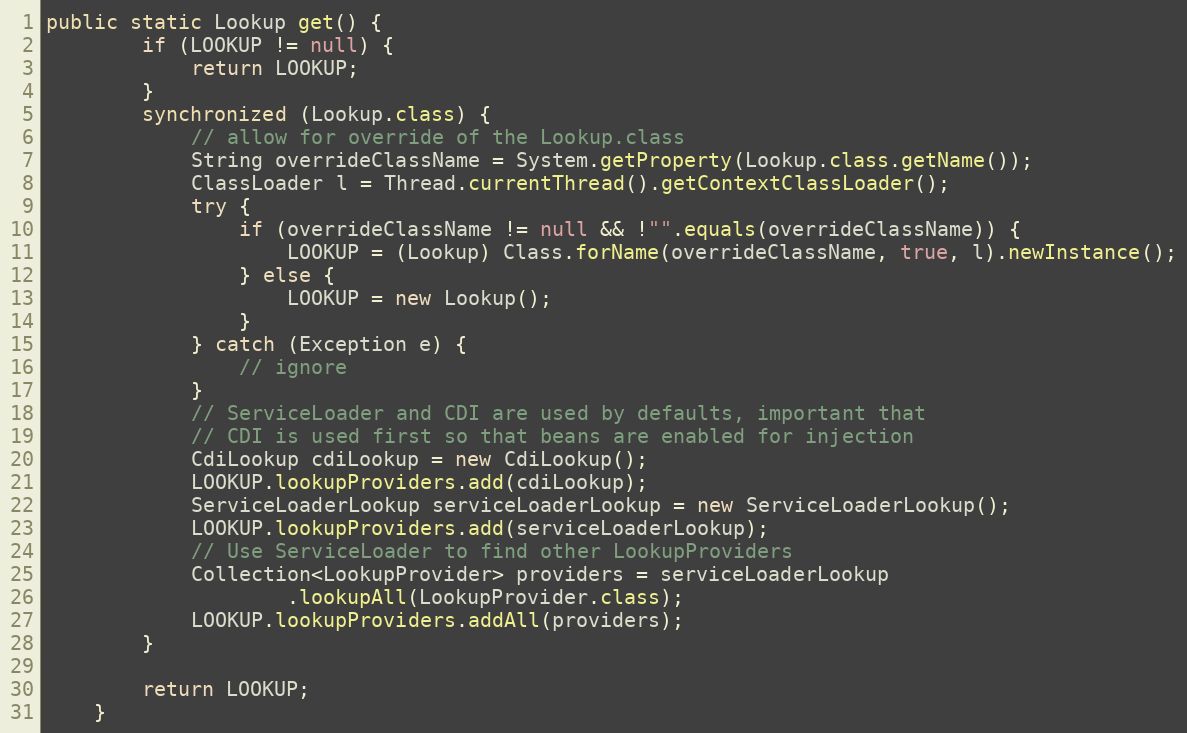
Language: Java
public static Lookup get() {
        if (LOOKUP != null) {
            return LOOKUP;
        }
        synchronized (Lookup.class) {
            // allow for override of the Lookup.class
            String overrideClassName = System.getProperty(Lookup.class.getName());
            ClassLoader l = Thread.currentThread().getContextClassLoader();
            try {
                if (overrideClassName != null && !"".equals(overrideClassName)) {
                    LOOKUP = (Lookup) Class.forName(overrideClassName, true, l).newInstance();
                } else {
                    LOOKUP = new Lookup();
                }
            } catch (Exception e) {
                // ignore
            }
            // ServiceLoader and CDI are used by defaults, important that
            // CDI is used first so that beans are enabled for injection
            CdiLookup cdiLookup = new CdiLookup();
            LOOKUP.lookupProviders.add(cdiLookup);
            ServiceLoaderLookup serviceLoaderLookup = new ServiceLoaderLookup();
            LOOKUP.lookupProviders.add(serviceLoaderLookup);
            // Use ServiceLoader to find other LookupProviders
            Collection<LookupProvider> providers = serviceLoaderLookup
                    .lookupAll(LookupProvider.class);
            LOOKUP.lookupProviders.addAll(providers);
        }

        return LOOKUP;
    }